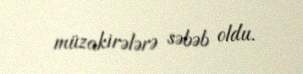
müzakirələrə səbəb oldu.